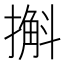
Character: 㩂